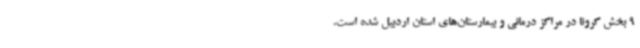
9 بخش کرونا در مراکز درمانی و بیمارستان‌های استان اردبیل شده است.